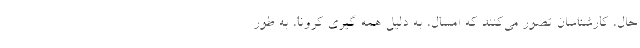
حال، کارشناسان تصور می‌کنند که امسال، به دلیل همه گیری کرونا، به طور